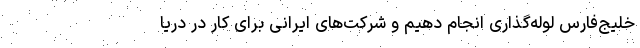
خلیج‌فارس لوله‌گذاری انجام دهیم و شرکت‌های ایرانی برای کار در دریا